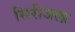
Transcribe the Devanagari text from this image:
सिरीजला